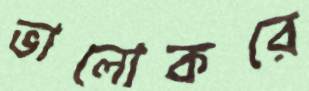
ভালোকরে